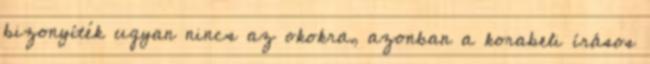
bizonyíték ugyan nincs az okokra, azonban a korabeli írásos